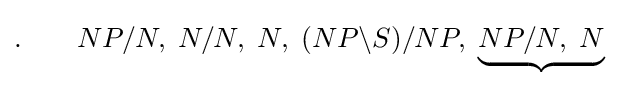
.\qquad NP/N,\;N/N,\;N,\;(NP\backslash S)/NP,\;\underbrace {NP/N,\;N}